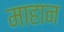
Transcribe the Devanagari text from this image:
माहान